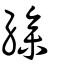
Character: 縿